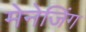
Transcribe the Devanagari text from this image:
मेनेजिंग